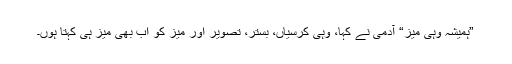
”ہمیشہ وہی میز“ آدمی نے کہا، وہی کرسیاں، بستر، تصویر اور میز کو اب بھی میز ہی کہتا ہوں۔